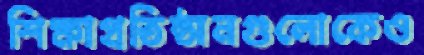
শিক্ষাপ্রতিষ্ঠানগুলোকেও